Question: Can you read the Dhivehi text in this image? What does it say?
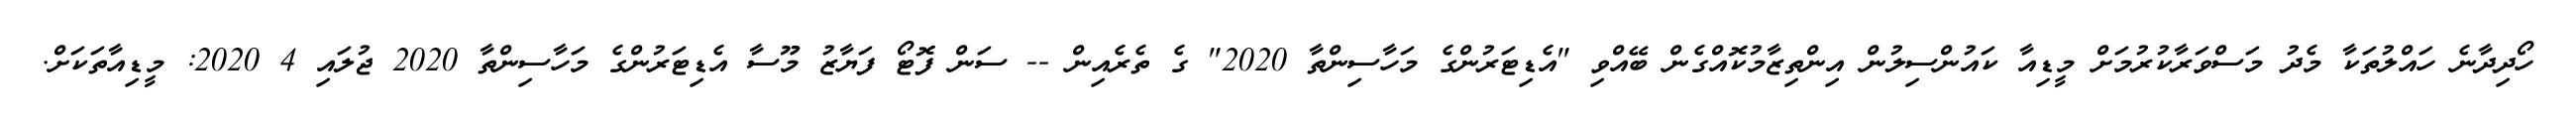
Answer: ހޯދިދާނެ ހައްލުތަކާ މެދު މަސްވަރާކުރުމަށް މީޑިއާ ކައުންސިލުން އިންތިޒާމުކޮއްގެން ބޭއްވި "އެޑިޓަރުންގެ މަހާސިންތާ 2020" ގެ ތެރެއިން -- ސަން ފޮޓޯ ފަޔާޒު މޫސާ އެޑިޓަރުންގެ މަހާސިންތާ 2020 ޖުލައި 4 2020: މީޑިއާތަކަށް.